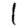
Digit: 1